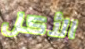
الأكل